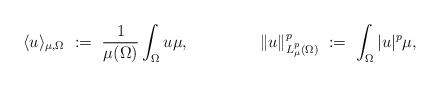
LaTeX: \begin{align*}\langle u\rangle_{\mu,\Omega} &\ :=\ \frac{1}{\mu(\Omega)}\int_{\Omega} u\mu, & \|u\|_{L^p_\mu(\Omega)}^p &\ :=\ \int_\Omega |u|^p\mu,\end{align*}